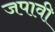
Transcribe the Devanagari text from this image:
जपावी